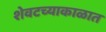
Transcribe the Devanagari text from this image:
शेवटच्याकाळात